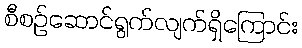
စီစဉ်ဆောင်ရွက်လျက်ရှိကြောင်း